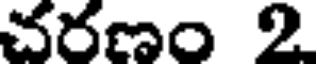
చరణం 2